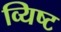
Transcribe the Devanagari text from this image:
व्यिष्ट